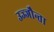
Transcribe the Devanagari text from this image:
उज्‍जौन्ता